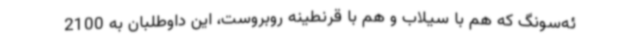
ئه‌سونگ که هم با سیلاب و هم با قرنطینه روبروست، این داوطلبان به 2100